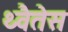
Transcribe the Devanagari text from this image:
थ्वैतेस